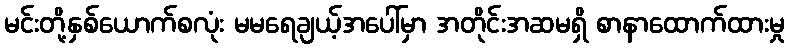
မင်းတို့နှစ်ယောက်စလုံး မမရေချယ့်အပေါ်မှာ အတိုင်းအဆမရှိ စာနာထောက်ထားမှု